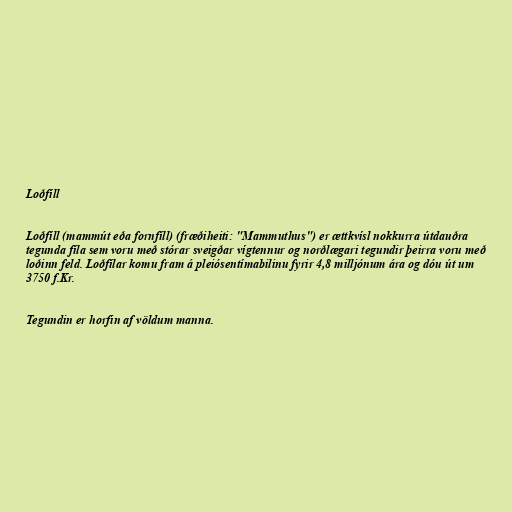
Loðfíll

Loðfíll (mammút eða fornfíll) (fræðiheiti: "Mammuthus") er ættkvísl nokkurra útdauðra
tegunda fíla sem voru með stórar sveigðar vígtennur og norðlægari tegundir þeirra voru með
loðinn feld. Loðfílar komu fram á pleiósentímabilinu fyrir 4,8 milljónum ára og dóu út um
3750 f.Kr.

Tegundin er horfin af völdum manna.